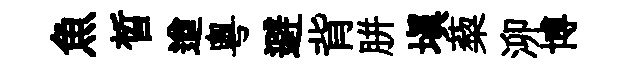
魚晳遒粵避背胼填蔾泖博